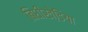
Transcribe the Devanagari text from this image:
बिधीखेडि़या